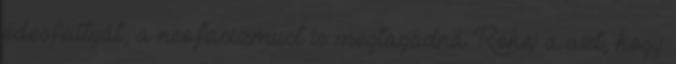
édesfattyát, a neofasizmust is megtagadná Röhej a azt, hogy